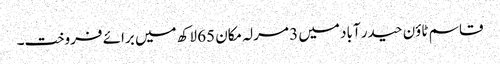
قاسم ٹاؤن حیدر آباد میں 3 مرلہ مکان 65 لاکھ میں برائے فروخت۔